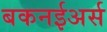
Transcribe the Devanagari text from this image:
बकनईअर्स